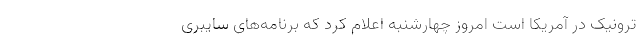
ترونیک در آمریکا است امروز چهارشنبه اعلام کرد که برنامه‌های سایبری